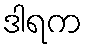
ဒါရက